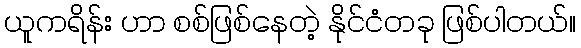
ယူကရိန်း ဟာ စစ်ဖြစ်နေတဲ့ နိုင်ငံတခု ဖြစ်ပါတယ်။